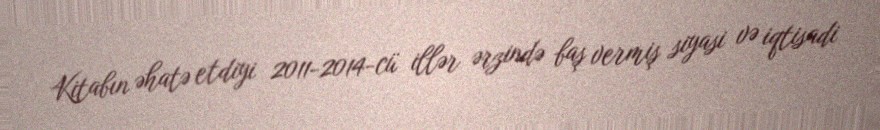
Kitabın əhatə etdiyi 2011-2014-cü illər ərzində baş vermiş siyasi və iqtisadi